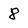
Character: 8